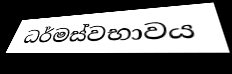
ධර්මස්වභාවය